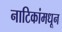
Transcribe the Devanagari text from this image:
नाटिकांमधून